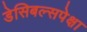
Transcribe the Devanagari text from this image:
डेसिबल्सपेक्षा